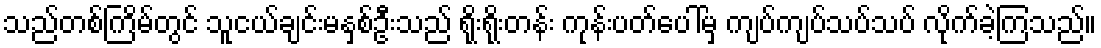
သည်တစ်ကြိမ်တွင် သူငယ်ချင်းမနှစ်ဦးသည် ရိုးရိုးတန်း ကုန်းပတ်ပေါ်မှ ကျပ်ကျပ်သပ်သပ် လိုက်ခဲ့ကြသည်။